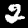
Digit: 2